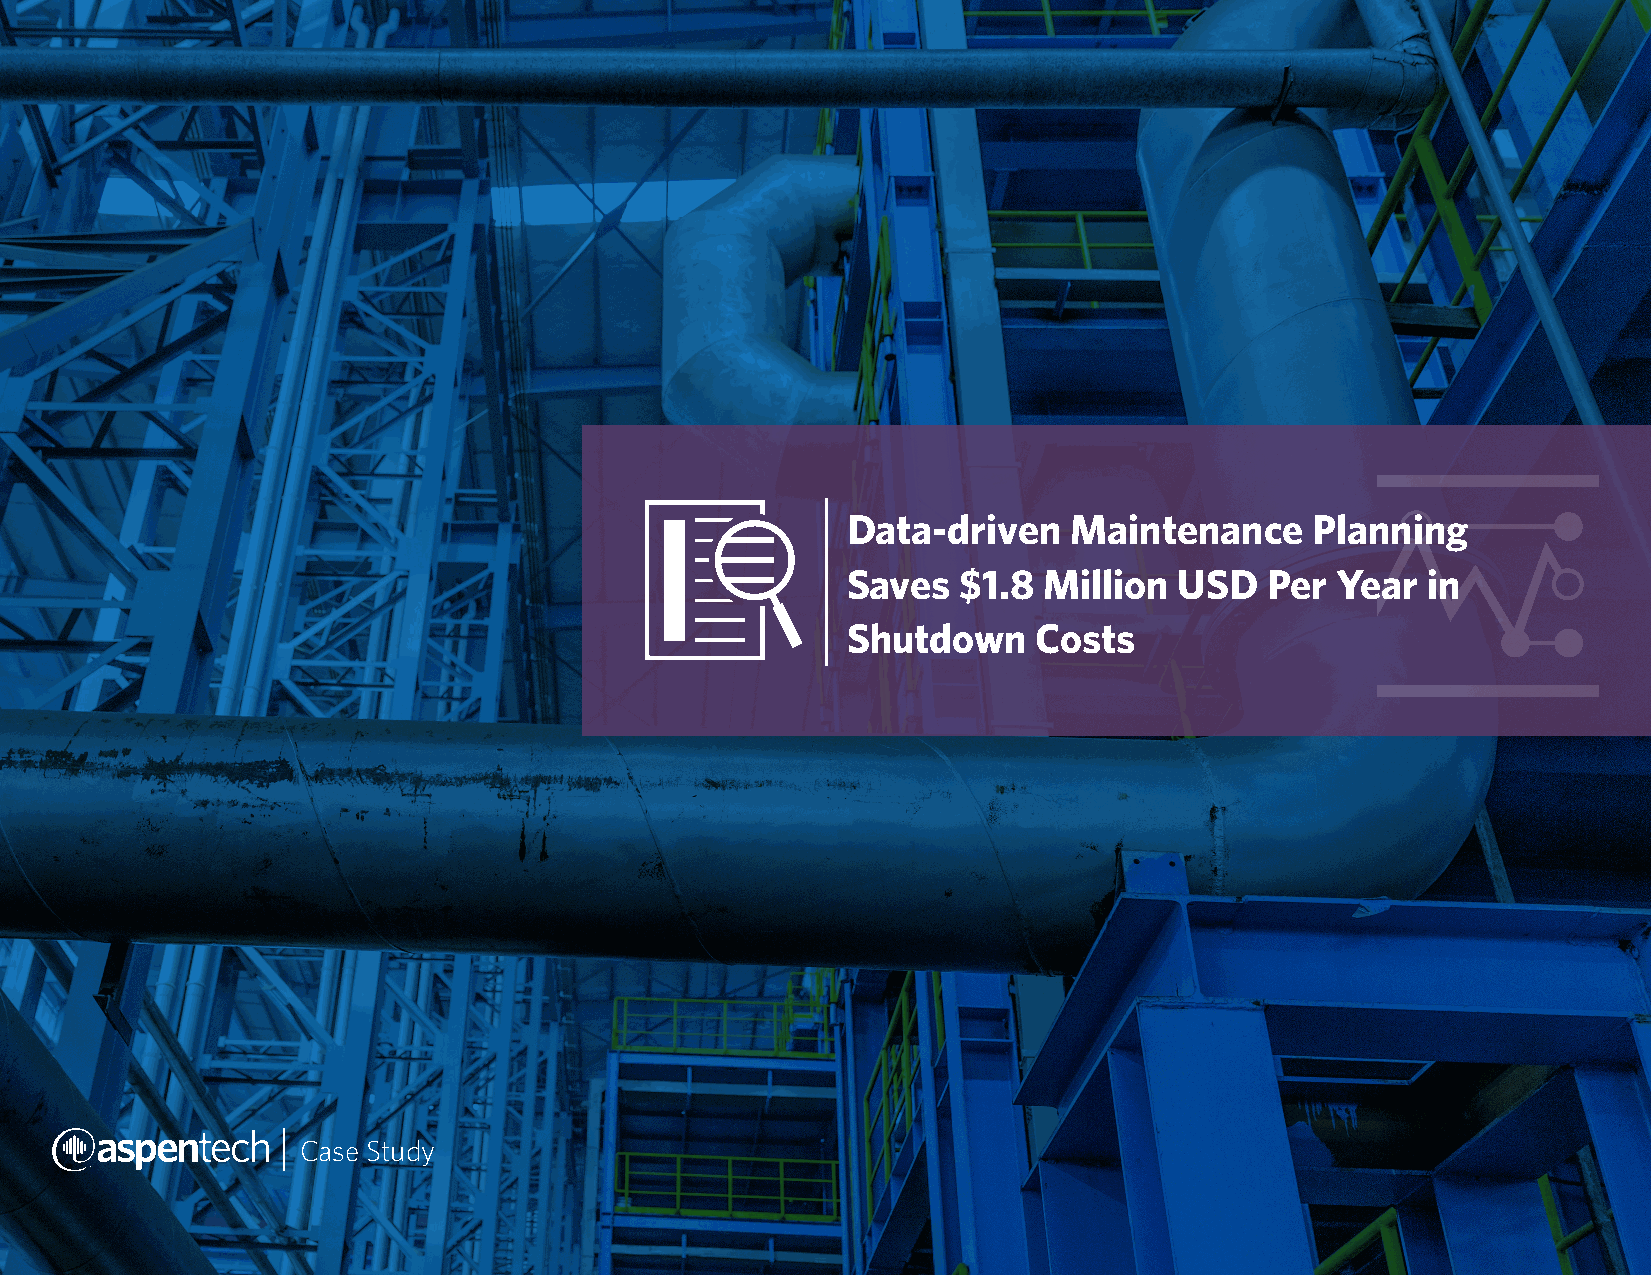
Data-driven    Maintenance     Planning
 Saves   $1.8 Million  USD   Per Year  in
 Shutdown    Costs
 Case Study